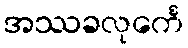
အဿခလုင်္ကေ